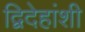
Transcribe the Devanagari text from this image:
द्विदेहांशी